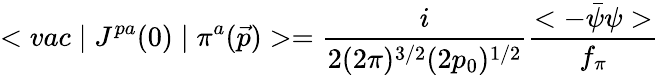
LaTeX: <vac\mid J^{pa}(0)\mid\pi^{a}(\vec{p})>=\frac{i}{2(2\pi)^{3/2}(2p_{0})^{1/2}}\frac{<-\bar{\psi}\psi>}{f_{\pi}}